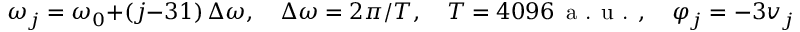
\omega _ { j } = \omega _ { 0 } + ( j - 3 1 ) \, \Delta \omega , \quad \Delta \omega = 2 \pi / T , \quad T = 4 0 9 6 \, \textrm { a . u . } , \quad \varphi _ { j } = - 3 v _ { j } \textrm { r a d } .